Civil Veterinary Dept. North-West Frontier Province 1901-22 - 1901-1922
Year: 1901
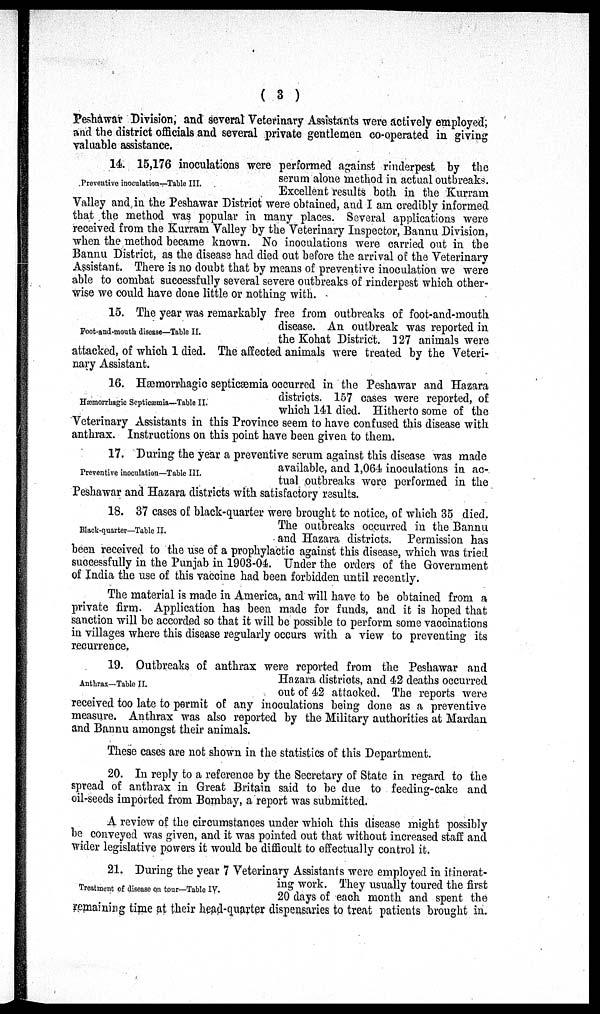
( 3 )
Peshawar Division, and several Veterinary Assistants were actively employed,
and the district officials and several private gentlemen co-operated in giving
valuable assistance.
Preventive inoculation—Table III.
14. 15,176 inoculations were performed against rinderpest by the
serum alone method in actual outbreaks.
Excellent results both in the Kurram
Valley and in the Peshawar District were obtained, and I am credibly informed
that the method was popular in many places. Several applications were
received from the Kurram Valley by the Veterinary Inspector, Bannu Division,
when the method became known. No inoculations were carried out in the
Bannu District, as the disease had died out before the arrival of the Veterinary
Assistant. There is no doubt that by means of preventive inoculation we were
able to combat successfully several severe outbreaks of rinderpest which other-
wise we could have done little or nothing with.
Foot-and-mouth disease—Table II.
15. The year was remarkably free from outbreaks of foot-and-mouth
disease. An outbreak was reported in
the Kohat District. 127 animals were
attacked, of which 1 died. The affected animals were treated by the Veteri-
nary Assistant.
Hæmorrhagic Septicæmia—Table II.
16. Hæmorrhagic septicæmia occurred in the Peshawar and Hazara
districts. 157 cases were reported, of
which 141 died. Hitherto some of the
Veterinary Assistants in this Province seem to have confused this disease with
anthrax. Instructions on this point have been given to them.
Preventive inoculation—Table III.
17. During the year a preventive serum against this disease was made
available, and 1,064 inoculations in ac-
tual outbreaks wore performed in the
Peshawar and Hazara districts with satisfactory results.
Black-quarter—Table II.
18. 37 cases of black-quarter were brought to notice, of which 35 died.
The outbreaks occurred in the Bannu
and Hazara districts. Permission has
been received to the use of a prophylactic against this disease, which was tried
successfully in the Punjab in 1903-04. Under the orders of the Government
of India the use of this vaccine had been forbidden until recently.
The material is made in America, and will have to be obtained from a
private firm. Application has been made for funds, and it is hoped that
sanction will be accorded so that it will be possible to perform some vaccinations
in villages where this disease regularly occurs with a view to preventing its
recurrence.
Anthrax—Tabic II.
19. Outbreaks of anthrax were reported from the Peshawar and
Hazara districts, and 42 deaths occurred
out of 42 attacked. The reports were
received too late to permit of any inoculations being done as a preventive
measure. Anthrax was also reported by the Military authorities at Mardan
and Bannu amongst their animals.
These cases are not shown in the statistics of this Department.
20. In reply to a reference by the Secretary of State in regard to the
spread of anthrax in Great Britain said to be due to feeding-cake and
oil-seeds imported from Bombay, a report was submitted.
A review of the circumstances under which this disease might possibly
be conveyed was given, and it was pointed out that without increased staff and
wider legislative powers it would be difficult to effectually control it.
Treatment of disease on tour—Table IV.
21. During the year 7 Veterinary Assistants were employed in itinerat-
ing work. They usually toured the first
20 days of each month and spent the
remaining time at their head-quarter dispensaries to treat patients brought in.